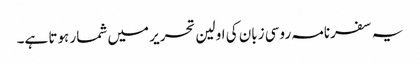
یہ سفرنامہ روسی زبان کی اولین تحریر میں شمار ہوتا ہے۔